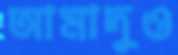
আমাদুও